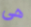
هي